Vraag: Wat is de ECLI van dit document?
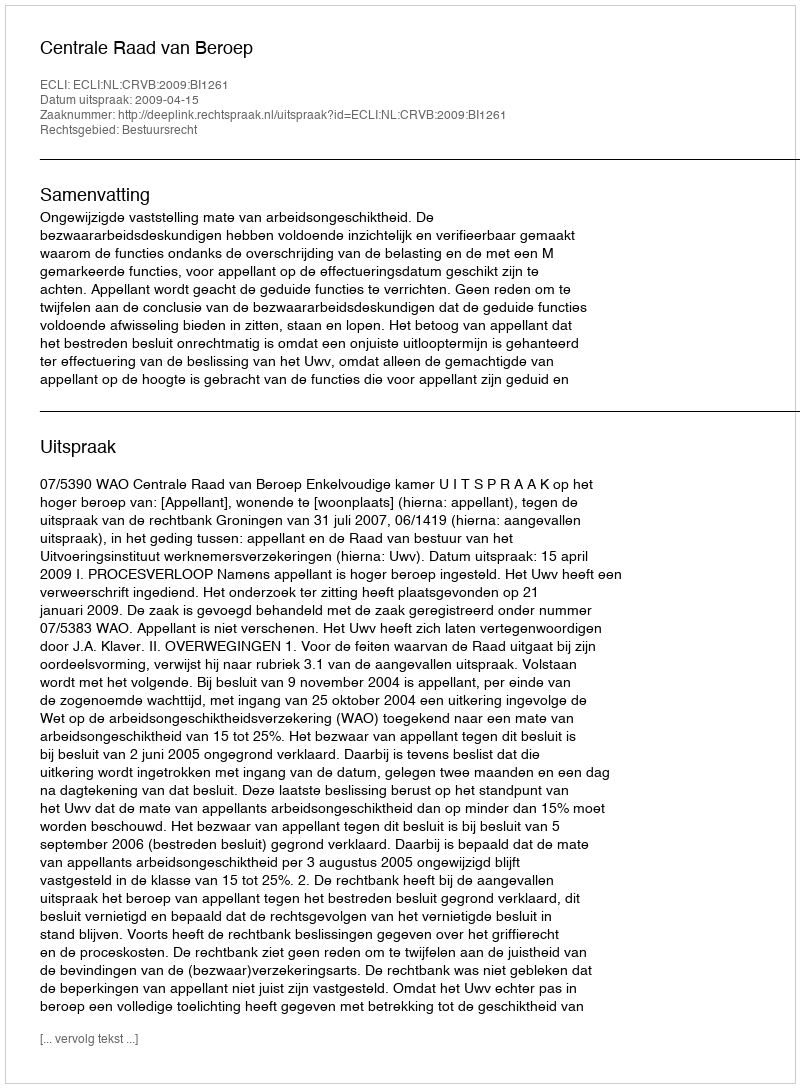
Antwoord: ECLI:NL:CRVB:2009:BI1261